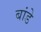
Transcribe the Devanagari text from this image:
बांडे